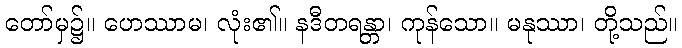
တော်မှ၌။ ဟေဿာမ၊ လုံး၏။ နဒီတရန္တာ၊ ကုန်သော။ မနုဿာ၊ တို့သည်။